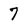
Character: 7